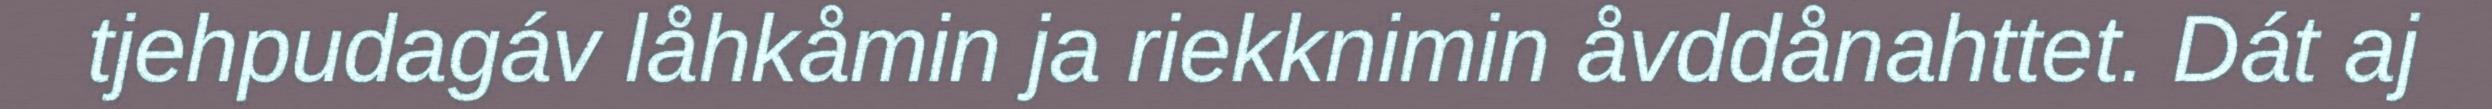
tjehpudagáv låhkåmin ja riekknimin åvddånahttet. Dát aj